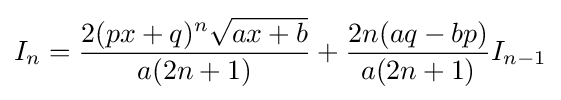
I_{n}={\frac {2(px+q)^{n}{\sqrt {ax+b}}}{a(2n+1)}}+{\frac {2n(aq-bp)}{a(2n+1)}}I_{n-1}\,\!